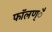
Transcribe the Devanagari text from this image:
फाॅलण्ै